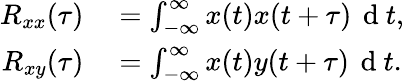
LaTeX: \begin{array}{rl}{R_{xx}(\tau)}&{{}=\int_{-\infty}^{\infty}x(t)x(t+\tau)\, \mathrm{~d~}t,}\\ {R_{xy}(\tau)}&{{}=\int_{-\infty}^{\infty}x(t)y(t+\tau)\, \mathrm{~d~}t.}\end{array}